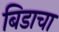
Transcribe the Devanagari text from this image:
बिडाचा